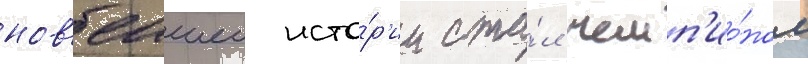
нов'еишеи исто́р'ии ста́л чемп'ио́ном